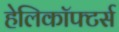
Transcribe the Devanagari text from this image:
हेलिकॉफ्टर्स